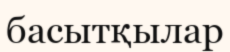
басытқылар